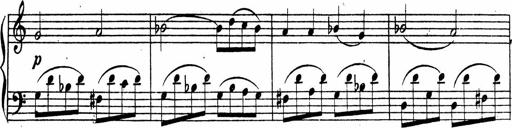
Title: Piano Sonata
Composer: Karl HÃ¤ssler
Key: C major